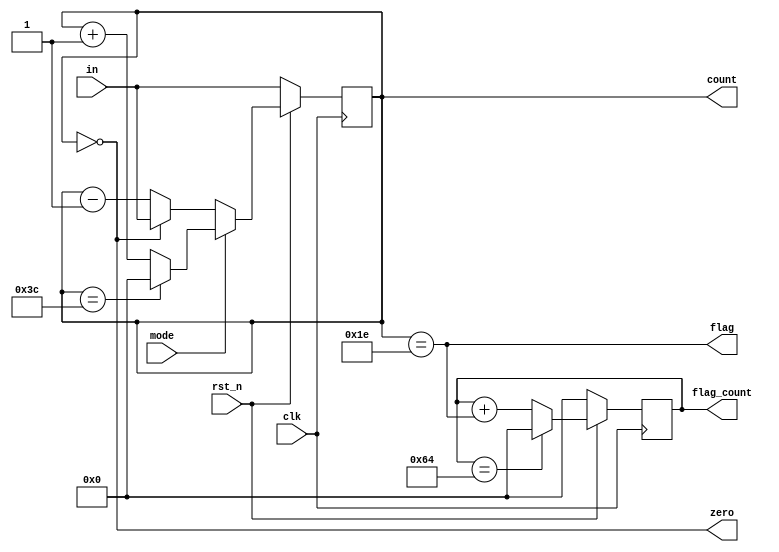
//***********************************/
/*       Lab01: Up/Down Counter     */
/* Jeph Mari M. Daligdig BS ECE IV  */
/*                                  */
/************************************/ 

module up_down_counter (clk,
                         rst_n,
								 mode,
								 in,
								 flag,
								 flag_count,
								 count,
								 zero);
// input declaration

input clk;
input rst_n;
input mode;
input [7:0] in;

//output declaration

output [7:0] count; 
output flag;
output [7:0] flag_count;
output zero;

//data types

wire clk;
wire rst_n;
wire [7:0] in;
wire flag;
wire zero;
wire flag_reset;

reg [7:0] flag_count;
reg [7:0] count;

//code

always @(posedge clk)
   begin
      if (!rst_n)
		   count <= in;
		else 
		   if (mode == 1)
			   if (count==60)
				   count <= 0;
				else count <= count + 1;
			else 
			   if (zero) 
				   count <=  in;
			else 
			   count <= count - 1;
	end
	
always @(posedge clk)
   begin 
      if (!rst_n)
	      flag_count <= 0;
		else 
	      if (flag_reset)
		      flag_count <= 0;
			else 
			   flag_count <= flag_count + flag;
	end

assign flag = (count == 8'd30);
assign zero = (count == 8'd0);
assign flag_reset = (flag_count == 8'd100);

endmodule